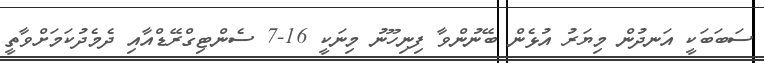
ސަބަބަކީ އަނދުން މިޔަރު އުޅެން ބޭނުންވާ ފިނިހޫނު މިނަކީ 16-7 ސެންޓިގްރޭޑްއާއި ދެމެދުކަމަށްވާތީ